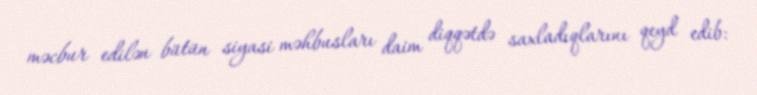
məcbur edilən bütün siyasi məhbusları daim diqqətdə saxladıqlarını qeyd edib: